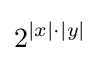
2^{|x|\cdot |y|}